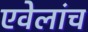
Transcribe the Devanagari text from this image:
एवेलांच